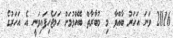
2016 ވަނަ އަހަރު ބާއްވާ މި މުބާރާތް ބޭއްވުމަށް ހަމަޖެހިފައިވަނީ އެ އަހަރުގެ